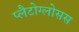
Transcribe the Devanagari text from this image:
प्लैटोग्लोसस